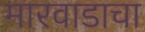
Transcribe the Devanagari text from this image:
मारवाडाचा